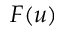
F ( u )